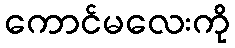
ကောင်မလေးကို